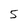
Character: 5